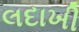
લદાખી